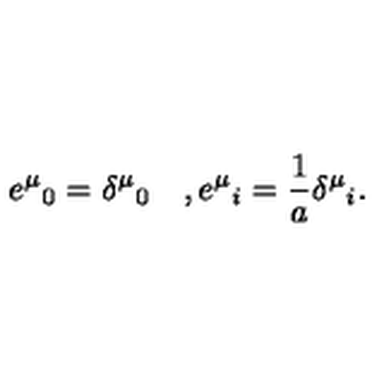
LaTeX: e ^ { \mu } { } _ { 0 } = \delta ^ { \mu } { } _ { 0 } \quad , e ^ { \mu } { } _ { i } = \frac { 1 } { a } \delta ^ { \mu } { } _ { i } .